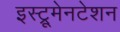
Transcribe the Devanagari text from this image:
इस्ट्रूमेनटेशन